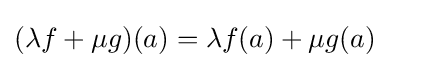
(\lambda f+\mu g)(a)=\lambda f(a)+\mu g(a)\qquad